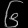
Digit: ၆